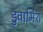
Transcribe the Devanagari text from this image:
डुवामिश